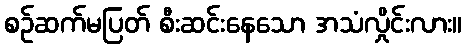
စဉ်ဆက်မပြတ် စီးဆင်းနေသော အသံလှိုင်းလား။